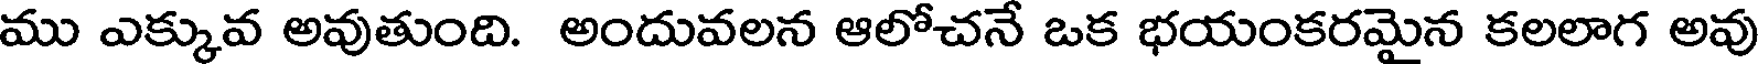
ము ఎక్కువ అవుతుంది. అందువలన ఆలోచనే ఒక భయంకరమైన కలలాగ అవు